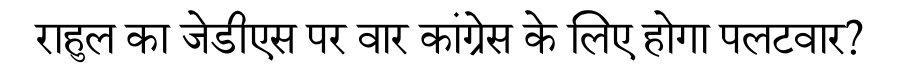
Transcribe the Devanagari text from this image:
राहुल का जेडीएस पर वार कांग्रेस के लिए होगा पलटवार?